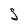
Character: s